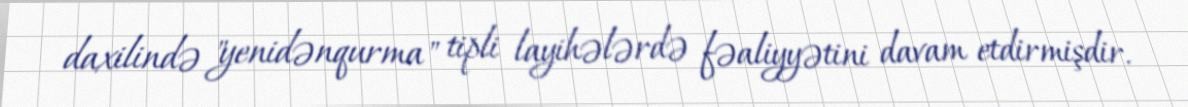
daxilində "yenidənqurma" tipli layihələrdə fəaliyyətini davam etdirmişdir.